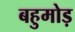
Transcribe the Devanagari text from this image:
बहुमोड़